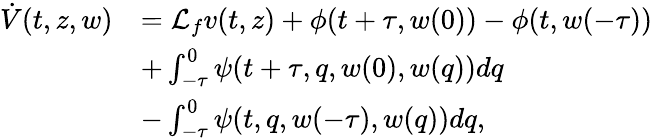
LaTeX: \begin{array}{rl}{\dot{V}(t,z,w)}&{=\mathcal{L}_{f}v(t,z)+\phi(t+\tau,w(0))-\phi(t,w(-\tau))}\\ &{+\textstyle\int_{-\tau}^{0}\psi(t+\tau,q,w(0),w(q))dq}\\ &{-\textstyle\int_{-\tau}^{0}\psi(t,q,w(-\tau),w(q))dq,}\end{array}